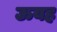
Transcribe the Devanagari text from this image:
ऊयह